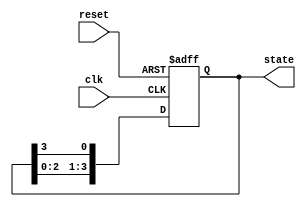
module ring_counter (
    input wire clk,          // Clock input
    input wire reset,        // Asynchronous reset input
    output reg [3:0] state   // 4-bit output representing the state
);

// State transition logic
always @(posedge clk or posedge reset) begin
    if (reset) begin
        // On reset, set state to 0001
        state <= 4'b0001;
    end else begin
        // Shift the '1' bit to the left, wrapping around
        state <= {state[2:0], state[3]};
    end
end

endmodule